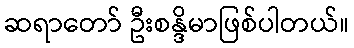
ဆရာတော် ဦးစန္ဒိမာဖြစ်ပါတယ်။